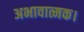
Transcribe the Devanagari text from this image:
अभावात्मक।